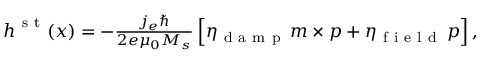
\begin{array} { r } { \boldsymbol { h } ^ { \mathrm { ~ s ~ t ~ } } ( \boldsymbol { x } ) = - \frac { j _ { e } \hbar } { 2 e \mu _ { 0 } M _ { s } } \left[ \eta _ { \mathrm { ~ d ~ a ~ m ~ p ~ } } \, \boldsymbol { m } \times \boldsymbol { p } + \eta _ { \mathrm { ~ f ~ i ~ e ~ l ~ d ~ } } \, \boldsymbol { p } \right] , } \end{array}